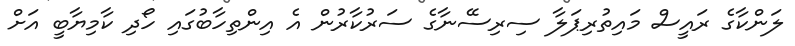
ލަންކާގެ ރައީސް މައިތުރިޕަލާ ސިރިސޭނާގެ ސަރުކާރުން އެ އިންތިހާބުގައި ހޯދި ކާމިޔާބީ އަށް